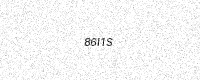
Text: 86I1S